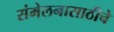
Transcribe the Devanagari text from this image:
संमेलनासाठीचे